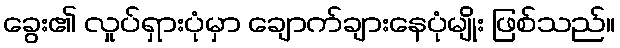
ခွေး၏ လှုပ်ရှားပုံမှာ ချောက်ချားနေပုံမျိုး ဖြစ်သည်။